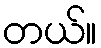
တယ်။